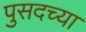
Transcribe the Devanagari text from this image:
पुसदच्या